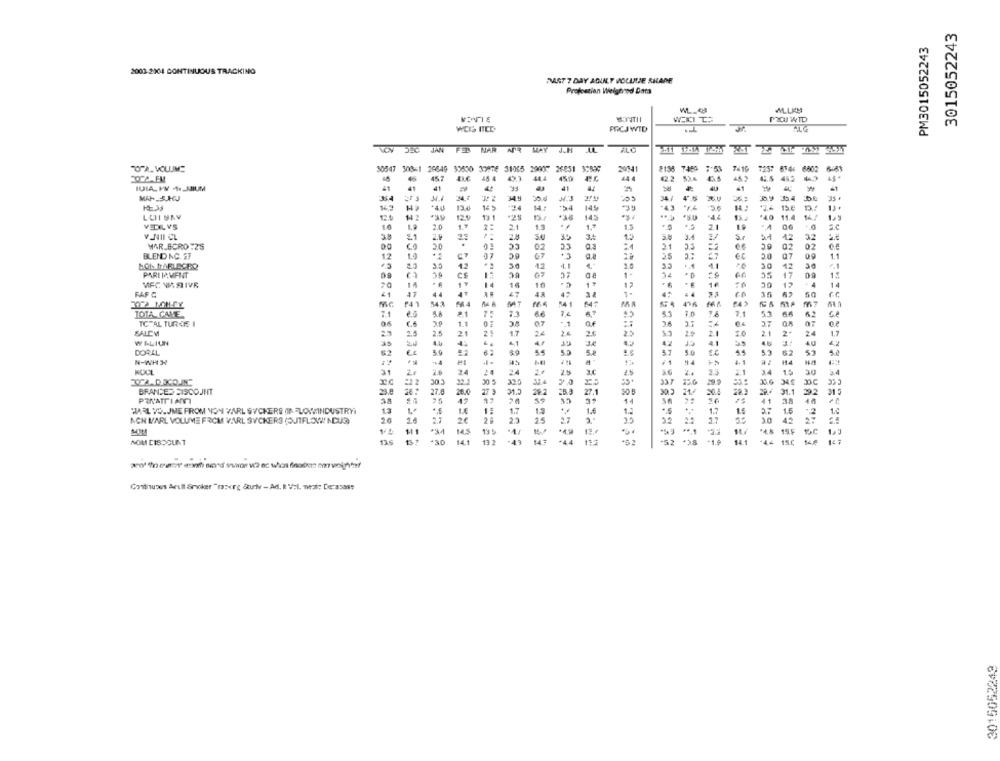
3015052243
PM3015052243
2002-2104 CONTINUOUS TRACKING
DAST 7 DAY AQUILY VOLUME SHAME
Projeszian Weighed Data
MOTIE
PIC WTD
VOY JEG JAN
50547 308-1 20649 32650 33876 31065 29007 26851 3:559
7459 :53
7419
7257 87.46
4.4
415
202.FM
45
44
IGIA. PV 1-33IUM
41
41
41
41
4U
41
34.9
34/
45
30.9
145
*43
15 €
143
13.4
24
>4
141
99
LCIURY
121
13 1
*25
-38
14.3
*4.4
*40
11.
VEIL VS
16
2.0
1.7
2.
19
1.7
1.3
2.1
ac
V.NII CL
38
2.9
2.88
30
3.4
1.2
5.8
3.4
S.r
12
32
WAR_BCRO:25
20
02
23
21
29
02
02
BLEND NC. ST
12
67
35
07
BOL TABLECIEO
20
3.5
12
30
12
4.1
11
30
42
PARI MAMEINT
09
CS
07
=s
55
17
09
1:
VFC VISIVE
16
10
1º
12
50
12
14
FAF &
47
44
47
48
36
50
₱41
143
F 4
M
:4 1
416
F43
m7
TOTA CAME
71
es
5.3
66
13
6.2
TOTAL TUR-JE 1
1.1
38
07
SALEM
25
21
4.7
2.6
2.5
2.1
10
21
24
1.7
WALIUN
4.6
..
12
4.1
4.6
4g
DORAL
37
5.0
53
62
5.2
TE
62
53
N-WHH
4.1
14
KOCL
31
24
24
24
25
2.5
2.
3.4 1.5
30
24
XA-DRCON"
#22
303
22.1
30 5
337
29.9
35.6
34.0
DC
32 0
BRANDED SISCOUNT
29.8
27.8
28.0
31.
282
27.
28.3
28. 31.1
22
PRATTIAMI
55
14
41
38
40
..
HARL VO. JME FROM NON VARL SUCKERS IN FLOWINDUSTRY
13
--
1.7
1.9
1.6
1.2
1.7
1.5
37
1.6
.2
1.0
20
2.7
NON MARL VOLUME FROM VARL SYCKERS (OJIFLOW NOUS)
2€
3.0
42
$11
14.5
12.
15.9
1,9
NOM DISCOUNT
138
*30
14,1
13. 2
"52
-1.9
14.1
+44
150
Gothuses Arull Smoker "masorg âturlv-Ad, I Vel, neal; De:asass
3015052249